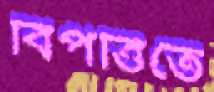
বিপত্তিতে